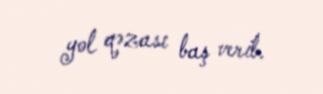
yol qəzası baş verib.